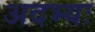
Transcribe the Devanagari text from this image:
अदभ्यः